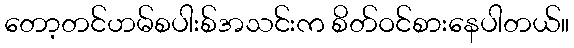
တော့တင်ဟမ်စပါးစ်အသင်းက စိတ်ဝင်စားနေပါတယ်။